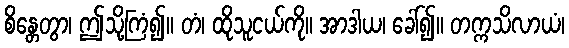
စိန္တေတွာ၊ ဤသို့ကြံ၍။ တံ၊ ထိုသူငယ်ကို။ အာဒါယ၊ ခေါ်၍။ တက္ကသိလာယံ၊